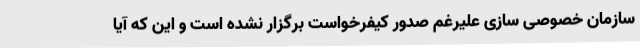
سازمان خصوصی سازی علیرغم صدور کیفرخواست برگزار نشده است و این که آیا